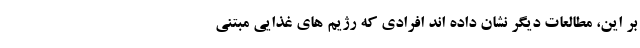
بر این، مطالعات دیگر نشان داده اند افرادی که رژیم های غذایی مبتنی